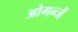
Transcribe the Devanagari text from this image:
ओगन्जें